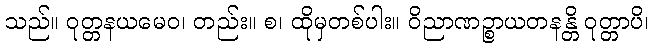
သည်။ ဝုတ္တနယမေဝ၊ တည်း။ စ၊ ထိုမှတစ်ပါး။ ဝိညာဏဉ္စာယတနန္တိ ဝုတ္တာပိ၊